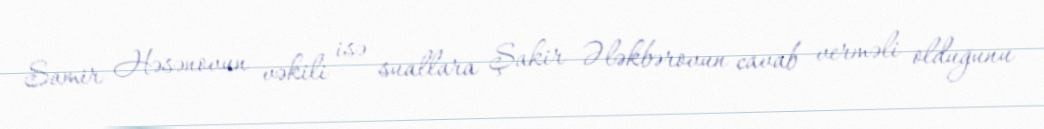
Samir Həsənovun vəkili isə suallara Şakir Ələkbərovun cavab verməli olduğunu